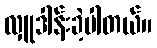
လှူဒါန်းခဲ့ပါတယ်။